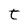
Character: t